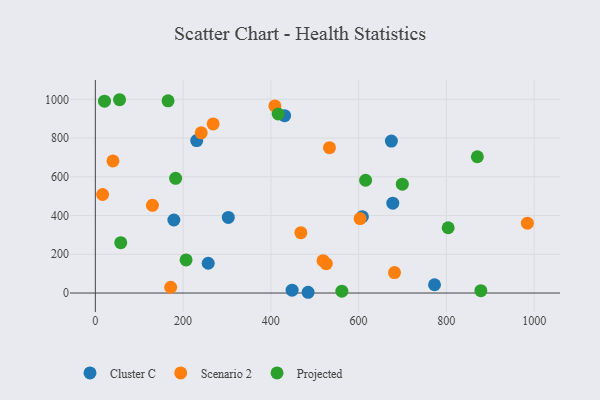
{"axis": {"x": "Engine Size", "y": "Salary"}, "legend": ["Cluster C", "Projected", "Scenario 2"], "data": [{"x": "257.2", "y": 153.6, "type": "Cluster C"}, {"x": "674.7", "y": 784.6, "type": "Cluster C"}, {"x": "448.4", "y": 14.8, "type": "Cluster C"}, {"x": "231.0", "y": 786.7, "type": "Cluster C"}, {"x": "773.0", "y": 42.8, "type": "Cluster C"}, {"x": "677.9", "y": 464.0, "type": "Cluster C"}, {"x": "179.0", "y": 377.0, "type": "Cluster C"}, {"x": "484.9", "y": 3.9, "type": "Cluster C"}, {"x": "608.5", "y": 394.0, "type": "Cluster C"}, {"x": "431.4", "y": 915.7, "type": "Cluster C"}, {"x": "303.0", "y": 390.5, "type": "Cluster C"}, {"x": "16.6", "y": 508.6, "type": "Scenario 2"}, {"x": "40.2", "y": 681.9, "type": "Scenario 2"}, {"x": "130.1", "y": 452.6, "type": "Scenario 2"}, {"x": "526.3", "y": 151.3, "type": "Scenario 2"}, {"x": "681.8", "y": 105.4, "type": "Scenario 2"}, {"x": "409.1", "y": 965.6, "type": "Scenario 2"}, {"x": "984.6", "y": 360.6, "type": "Scenario 2"}, {"x": "519.0", "y": 166.9, "type": "Scenario 2"}, {"x": "268.5", "y": 873.0, "type": "Scenario 2"}, {"x": "603.4", "y": 384.5, "type": "Scenario 2"}, {"x": "533.6", "y": 750.1, "type": "Scenario 2"}, {"x": "241.2", "y": 826.8, "type": "Scenario 2"}, {"x": "171.7", "y": 29.8, "type": "Scenario 2"}, {"x": "468.4", "y": 311.3, "type": "Scenario 2"}, {"x": "804.1", "y": 337.0, "type": "Projected"}, {"x": "878.6", "y": 12.0, "type": "Projected"}, {"x": "561.8", "y": 9.4, "type": "Projected"}, {"x": "870.6", "y": 703.4, "type": "Projected"}, {"x": "182.9", "y": 592.1, "type": "Projected"}, {"x": "416.7", "y": 924.2, "type": "Projected"}, {"x": "615.9", "y": 582.2, "type": "Projected"}, {"x": "165.7", "y": 992.2, "type": "Projected"}, {"x": "55.2", "y": 997.8, "type": "Projected"}, {"x": "206.8", "y": 171.0, "type": "Projected"}, {"x": "699.6", "y": 561.8, "type": "Projected"}, {"x": "20.9", "y": 990.4, "type": "Projected"}, {"x": "57.9", "y": 259.9, "type": "Projected"}]}